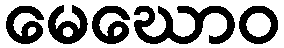
မေဃောဝ